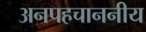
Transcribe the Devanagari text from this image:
अनपहचाननीय